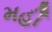
મહીઁ